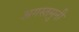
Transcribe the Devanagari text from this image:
अगस्‍तमुनी